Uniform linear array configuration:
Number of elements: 32
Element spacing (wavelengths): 1
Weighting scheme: hann
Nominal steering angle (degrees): -45
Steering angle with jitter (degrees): -44.777
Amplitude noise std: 0.05
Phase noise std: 0.05

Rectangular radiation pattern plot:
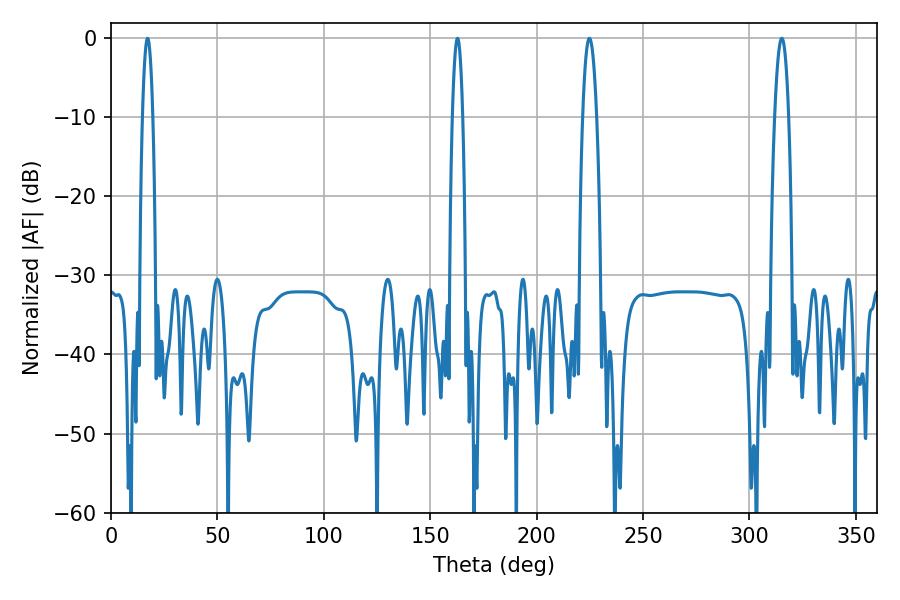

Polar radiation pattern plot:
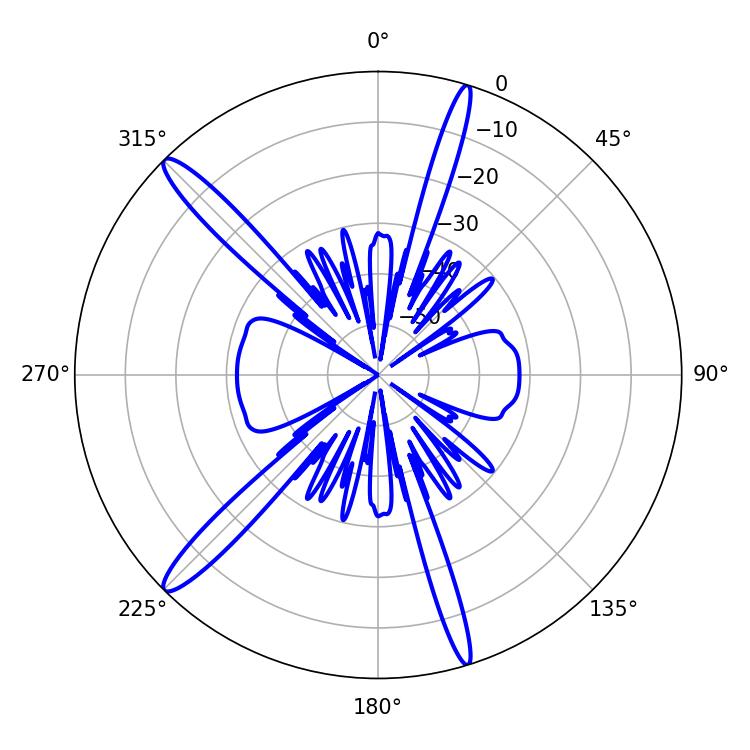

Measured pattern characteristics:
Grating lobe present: TRUE
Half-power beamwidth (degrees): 3.6
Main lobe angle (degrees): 315.18